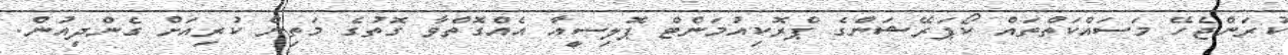
ކުރަންޖެހޭ މަސައްކަތްތައް ކޯޕަރޭޝަންގެ ޕްރޮކިއުމަންޓް ޕޮލިސީއާ އެއްގޮތްވާ ގޮތުގެ މަތިން ކުރިއަށް ގެންދިއުން.